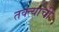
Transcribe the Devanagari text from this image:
तक्त्याची